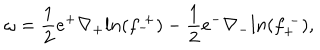
\omega = { \frac { 1 } { 2 } } e ^ { + } \nabla _ { + } l n ( f _ { - } ^ { ~ + } ) - { \frac { 1 } { 2 } } e ^ { - } \nabla _ { - } l n ( f _ { + } ^ { ~ - } ) ,